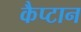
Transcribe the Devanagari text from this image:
कैप्टान